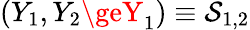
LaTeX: (Y_{1},Y_{2}\geY_{1})\equiv\mathcal{S}_{1,2}